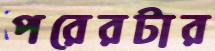
পরেরটার